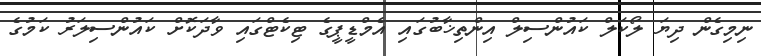
ނިމިގެން ދިޔަ ލޯކަލް ކައުންސިލް އިންތިޚާބުގައި އެމްޑީޕީގެ ޓިކެޓްގައި ވާދަކޮށް ކައުންސިލަރު ކަމުގެ